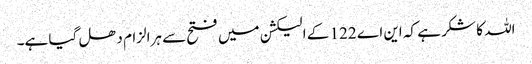
اللہ کا شکر ہے کہ این اے 122 کے الیکشن میں فتح سے ہرالزام دھل گیا ہے۔